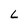
Character: L